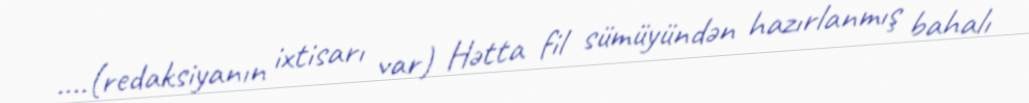
....(redaksiyanın ixtisarı var) Hətta fil sümüyündən hazırlanmış bahalı